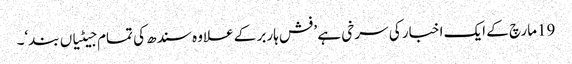
19مارچ کے ایک اخبار کی سرخی ہے ’فش ہاربر کے علاوہ سندھ کی تمام جیٹیاں بند‘۔